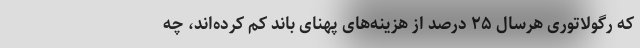
که رگولاتوری هرسال ۲۵ درصد از هزینه‌های پهنای باند کم کرده‌اند، چه